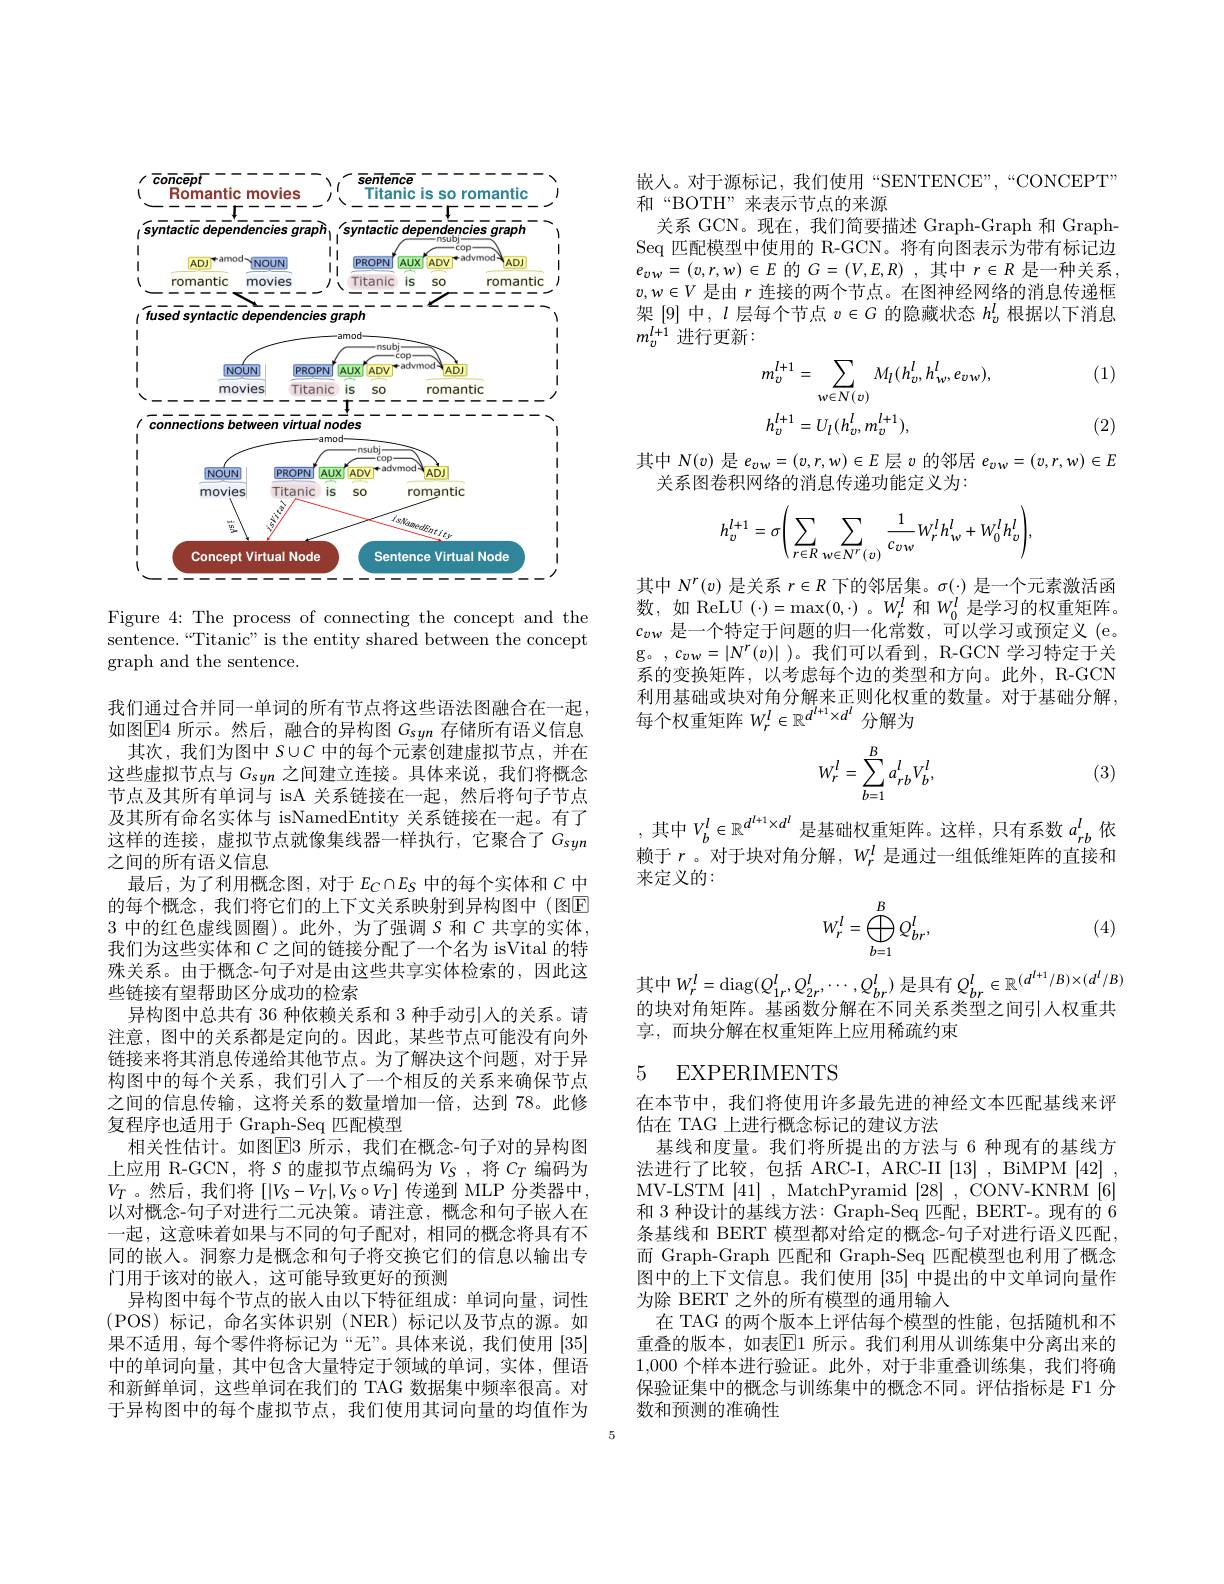
<FigureHere>

Figure 4: The process of connecting the concept and the sentence.“Titanic” is the entity shared between the concept graph and the sentence.

我们通过合并同一单词的所有节点将这些语法图融合在一起， 如图$\boxed{\mathrm{E}}4$所示。然后，融合的异构图$G_\mathrm{syn}$存储所有语义信息
其次，我们为图中$S\cup C$中的每个元素创建虚拟节点，并在这些虚拟节点与$G_{syn}$之间建立连接。具体来说，我们将概念节点及其所有单词与 isA 关系链接在一起，然后将句子节点及其所有命名实体与 isNamedEntity 关系链接在一起。有了这样的连接，虚拟节点就像集线器一样执行，它聚合了$G_{syn}$ 之间的所有语义信息
最后，为了利用概念图，对于$E_C\cap E_S$中的每个实体和$C$中的每个概念，我们将它们的上下文关系映射到异构图中(图$\overline{\mathrm{E}}$ 3中的红色虚线圆圈)。此外，为了强调$S$和$C$共享的实体， 我们为这些实体和$C$之间的链接分配了一个名为 isVital 的特殊关系。由于概念-句子对是由这些共享实体检索的，因此这些链接有望帮助区分成功的检索
异构图中总共有 36 种依赖关系和 3 种手动引人的关系。请注意，图中的关系都是定向的。因此，某些节点可能没有向外链接来将其消息传递给其他节点。为了解决这个问题，对于异构图中的每个关系，我们引人了一个相反的关系来确保节点之间的信息传输，这将关系的数量增加一倍，达到 78。此修复程序也适用于 Graph-Seq 匹配模型
相关性估计。如图E3 所示，我们在概念-句子对的异构图上应用 R-GCN, 将$S$的虚拟节点编码为$V_\mathrm{S}$ ,将$C_T$编码为$V_T$ 。然后，我们将 $[|V_S-V_T|,V_S\circ V_T]$ 传递到 MLP 分类器中， 以对概念-句子对进行二元决策。请注意，概念和句子嵌人在一起，这意味着如果与不同的句子配对，相同的概念将具有不同的嵌入。洞察力是概念和句子将交换它们的信息以输出专门用于该对的嵌人，这可能导致更好的预测
异构图中每个节点的嵌人由以下特征组成：单词向量，词性(POS)标记，命名实体识别(NER)标记以及节点的源。如果不适用，每个零件将标记为“无”。具体来说，我们使用[35] 中的单词向量，其中包含大量特定于领域的单词，实体，俚语和新鲜单词，这些单词在我们的 TAG 数据集中频率很高。对于异构图中的每个虚拟节点，我们使用其词向量的均值作为

嵌人。对于源标记，我们使用“SENTENCE”,“CONCEPT”
和“BOTH”来表示节点的来源
关系 GCN。现在，我们简要描述 Graph-Graph 和 GraphSeq 匹配模型中使用的 R-GCN。将有向图表示为带有标记边$e_{vw}=(v,r,w)\in E$的$G= ( V, E, R)$ ,其中$r\in R$是一种关系， $v,w\in V$是由$r$连接的两个节点。在图神经网络的消息传递框架[9]中，$l$层每个节点$v\in G$的隐藏状态$h_v^l$根据以下消息$m_v^{l+1}$进行更新：

(1)
$$\begin{aligned}&m_{v}^{l+1}=\sum_{w\in N(v)}M_{l}(h_{v}^{l},h_{w}^{l},e_{vw}),\\&h_{v}^{l+1}=U_{l}(h_{v}^{l},m_{v}^{l+1}),\end{aligned}$$
(2)

其中$N(v)$是$e_vw=(v,r,w)\in E$层$v$的邻居$e_vw=(v,r,w)\in E$
关系图卷积网络的消息传递功能定义为：
$$h_{v}^{l+1}=\sigma\Bigg(\sum_{r\in R}\sum_{w\in N^{r}(v)}\frac{1}{c_{vw}}W_{r}^{l}h_{w}^{l}+W_{0}^{l}h_{v}^{l}\Bigg),$$
其中$N^r(v)$是关系$r\in R$下的邻居集。$\sigma(\cdot)$是一个元素激活函数，如 ReLU(·)=max(0,·)。$W_r^l$和$W_0^l$是学习的权重矩阵。$c_{vw}$是一个特定于问题的归一化常数，可以学习或预定义 (e。g。,$c_vw=|N^r(v)|$ )。我们可以看到，R-GCN 学习特定于关系的变换矩阵，以考虑每个边的类型和方向。此外，R-GCN 利用基础或块对角分解来正则化权重的数量。对于基础分解， 每个权重矩阵$W_r^l\in\mathbb{R}^{d^{l+1}\times d^l}$分解为

(3)
$$W_r^l=\sum_{b=1}^Ba_{rb}^lV_b^l,$$
,其中$V_b^l\in\mathbb{R}^{d^{l+1}\times d^l}$是基础权重矩阵。这样，只有系数$a_rb^l$依赖于$r$。对于块对角分解，$W_r^l$是通过一组低维矩阵的直接和来定义的：
$$W_r^l=\bigoplus_{b=1}^BQ_{br}^l,$$
(4)

其中$W_r^l=$diag$(Q_1r^l,Q_{2r}^l,\cdots,Q_{br}^l)$ 是具有 $Q_br^l\in\mathbb{R}^{(d^{l+1}/B)\times(d^l/B)}$ 的块对角矩阵。基函数分解在不同关系类型之间引人权重共享，而块分解在权重矩阵上应用稀疏约束

## 5 EXPERIMENTS

在本节中，我们将使用许多最先进的神经文本匹配基线来评
估在 TAG 上进行概念标记的建议方法
基线和度量。我们将所提出的方法与 6 种现有的基线方法进行了比较，包括 ARC-I, ARC-II [13] , BiMPM [42] MV-LSTM |41|, MatchPyramid |28|, CONV-KNRM |6| 和3种设计的基线方法：Graph-Seq 匹配，BERT-。现有的 6条基线和 BERT 模型都对给定的概念-句子对进行语义匹配而 Graph-Graph 匹配和 Graph-Seq 匹配模型也利用了概念图中的上下文信息。我们使用[35]中提出的中文单词向量作为除 BERT 之外的所有模型的通用输入
在 TAG 的两个版本上评估每个模型的性能，包括随机和不重叠的版本，如表$\overline{\mathbb{E}}$1 所示。我们利用从训练集中分离出来的1,000个样本进行验证。此外，对于非重叠训练集，我们将确保验证集中的概念与训练集中的概念不同。评估指标是 F1 分数和预测的准确性

5